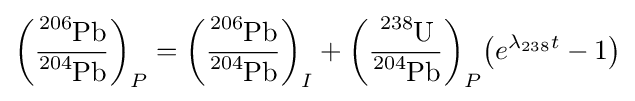
{\left({\frac {{\ce {^{206}Pb}}}{{\ce {^{204}Pb}}}}\right)_{P}}={\left({\frac {{\ce {^{206}Pb}}}{{\ce {^{204}Pb}}}}\right)_{I}}+{\left({\frac {{\ce {^{238}U}}}{{\ce {^{204}Pb}}}}\right)_{P}}{\left({e^{\lambda _{238}t}-1}\right)}